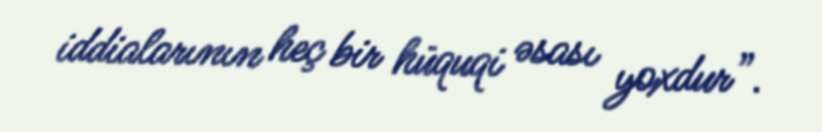
iddialarının heç bir hüquqi əsası yoxdur”.